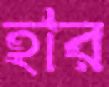
হার